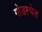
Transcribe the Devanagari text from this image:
गोडस्पेल